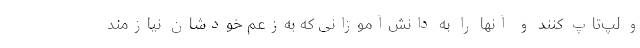
و لپ‌تاپ کنند و آنها را به دانش‌آموزانی که به‌زعم خودشان نیازمند